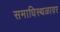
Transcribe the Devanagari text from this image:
समाधिस्थळावर